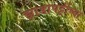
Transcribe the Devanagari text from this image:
झाडीपट्टीच्या